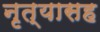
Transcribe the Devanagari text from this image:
नृत्यासह